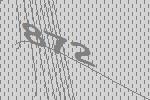
872